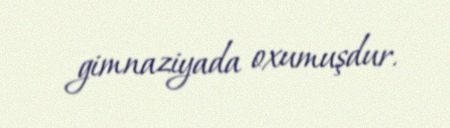
gimnaziyada oxumuşdur.